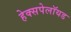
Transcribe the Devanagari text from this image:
हेक्सपेलॉयड